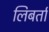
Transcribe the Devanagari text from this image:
लिबर्ता